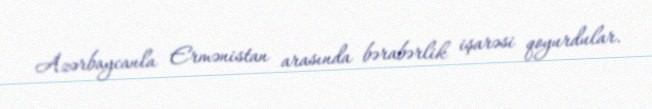
Azərbaycanla Ermənistan arasında bərabərlik işarəsi qoyurdular.